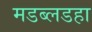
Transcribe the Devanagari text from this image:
मडब्लडहा